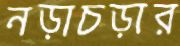
নড়াচড়ার